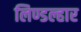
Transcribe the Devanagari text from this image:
लिण्डल्हार